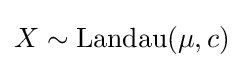
X\sim {\textrm {Landau}}(\mu ,c)